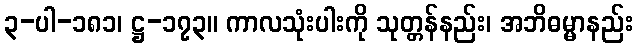
၃-ပါ-၁၈၁၊ ဋ္ဌ-၁၇၃။ ကာလသုံးပါးကို သုတ္တန်နည်း၊ အဘိဓမ္မာနည်း